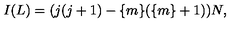
I ( L ) = ( j ( j + 1 ) - \{ m \} ( \{ m \} + 1 ) ) N ,